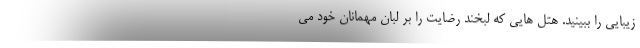
زیبایی را ببینید. هتل هایی که لبخند رضایت را بر لبان مهمانان خود می